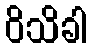
ဝိသိခါ